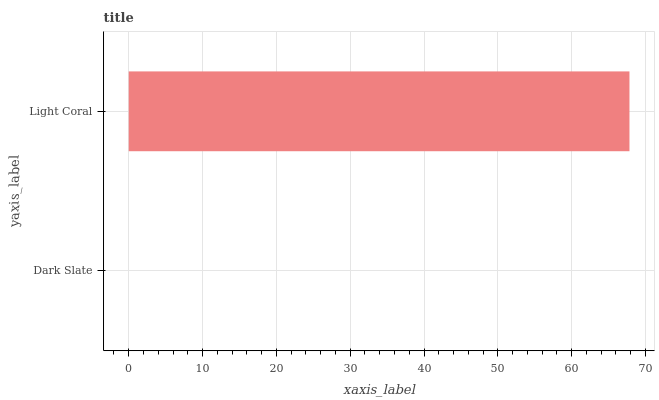
| yaxis_label | bars |
 | --- | --- |
 | Dark Slate | 0 |
 | Light Coral | 67.8 |